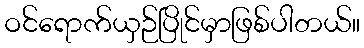
ဝင်ရောက်ယှဉ်ပြိုင်မှာဖြစ်ပါတယ်။